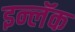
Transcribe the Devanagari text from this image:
इन्लॅक